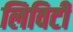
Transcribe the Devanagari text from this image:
लिविटी